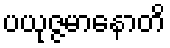
ပယုဇ္ဇမာနောတိ